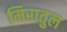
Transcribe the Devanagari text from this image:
मिरातुल